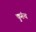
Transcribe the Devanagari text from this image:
कुरुंब